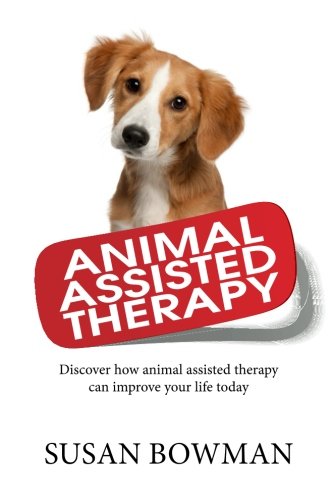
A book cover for Animal Assisted Therapy: Discover how animal assisted therapy can improve your life today; Susan Bowman; Medical Books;